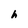
Character: h